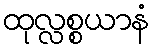
ထုလ္လစ္စယာနံ